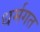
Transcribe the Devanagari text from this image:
धर्मगत